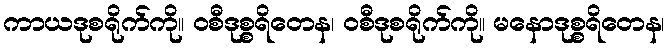
ကာယဒုစရိုက်ကို။ ဝစီဒုစ္စရိတေန၊ ဝစီဒုစရိုက်ကို။ မနောဒုစ္စရိတေန၊